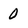
Character: 0